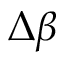
\Delta \beta